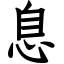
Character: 息